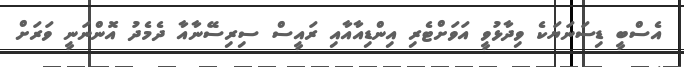
އެސްބީ ޑިސަނަޔަކެ ވިދާޅުވީ އަވަށްޓެރި އިންޑިއާއާއި ރައީސް ސިރިސޭނާއާ ދެމެދު އޮންނަނީ ވަރަށް